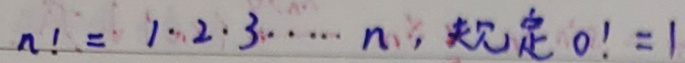
$n! = 1\cdot2\cdot3\cdot\cdots\cdot n, $规定$0! = 1$